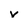
Character: V